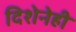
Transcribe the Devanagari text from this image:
दिशेनेही